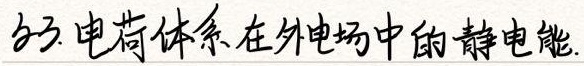
23. 电荷体系在外电场中的静电能.